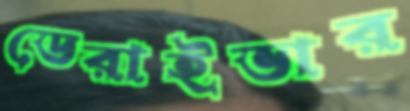
ডেরাইভার